Account of plague administration in the Bombay Presidency from September 1896 till May 1897
Year: 1896
Disease focus: Plague
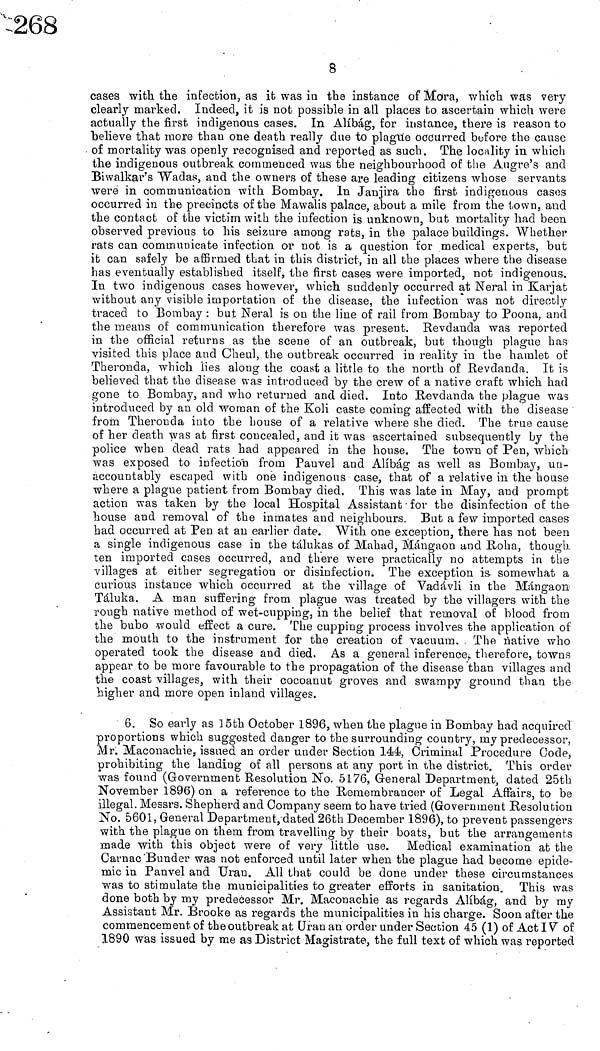
8
cases with the infection, as it was in the instance of Mora, which was very
clearly marked. Indeed, it is not possible in all places to ascertain which were
actually the first indigenous cases. In Alíbág, for instance, there is reason to
believe that more than one death really due to plague occurred before the cause
of mortality was openly recognised and reported as such. The locality in which
the indigenous outbreak commenced was the neighbourhood of the Augre's and
Biwalkar's "Wadas, and the owners of these are leading citizens whose servants
were in communication with Bombay. In Janjira the first indigenous casos
occurred in the precincts of the Mawalis palace, about a mile from the town, and
the contact of the victim with the infection is unknown, but mortality had been
observed previous to his seizure among rats, in the palace buildings. Whether
rats can communicate infection or not is a question for medical experts, but
it can safely be affirmed that in this district, in all the places where the disease
has eventually established itself, the first cases were imported, not indigenous.
In two indigenous cases however, which suddenly occurred at Neral in Karjat
without any visible importation of the disease, the infection was not directly
traced to Bombay : but Neral is on the line of rail from Bombay to Poona, and
the means of communication therefore was present. Revdanda was reported
in the official returns as the scene of an outbreak, but though plague has
visited this place and Cheul, the outbreak occurred in reality in the hamlet of
Theroncla, which lies along the coast a little to the north of Revdanda. It is
believed that the disease was introduced by the crew of a native craft which had
gone to Bombay, and who returned and died. Into Revdanda the plague was
introduced by an old woman of the Koli caste coming affected with the disease
from Theronda into the house of a relative where she died. The true cause
of her death was at first concealed, and it was ascertained subsequently by the
police when dead rats had appeared in the house. The town of Pen, which
was exposed to infection from Pauvel and Alíbág as well as Bombay, un-
accountably escaped with one indigenous case, that of a relative in the house
where a plague patient from Bombay died. This was late in May, and prompt
action was taken by the local Hospital Assistant for the disinfection of the
house and removal of the inmates and neighbours. But a few imported cases
had occurred at Pen at an earlier date. With one exception, there has not been
a single indigenous case in the tálukas of Mahad, Mángaon and Roha, though
ten imported cases occurred, and there were practically no attempts in the
villages at either segregation or disinfection. The exception is somewhat a
curious instance which occurred at the village of Vadávli in the Mdngaon
Táluka. A man suffering from plague was treated by the villagers with the
rough native method of wet-cupping, in the belief that removal of blood from
the bubo would effect a cure. The cupping process involves the application of
the mouth to the instrument for the creation of vacuum. The native who
operated took the disease and died. As a general inference, therefore, towns
appear to be more favourable to the propagation of the disease than villages and
the coast villages, with their cocoanut groves and swampy ground than the
higher and more open inland villages.
6. So early as 15th October 1896, when the plague in Bombay had acquired
proportions which suggested danger to the surrounding country, my predecessor,
Mr. Maconachie, issued an order under Section 144, Criminal Procedure Code,
prohibiting the landing of all persons at any port in the district. This order
was found (Government Resolution No. 5176, General Department, dated 25th
November 1896) on a reference to the Remembrancer of Legal Affairs, to be
illegal. Messrs. Shepherd and Company seern to have tried (Government Resolution
No. 5601, General Department, dated 26th December 1896), to prevent passengers
with the plague on them from travelling by their boats, but the arrangements
made with this object were of very little use. Medical examination at the
Carnac Bunder was not enforced until later when the plague had become epide-
mic in Panvel and Uran. All that could be done under these circumstances
was to stimulate the municipalities to greater efforts in sanitation. This was
done both by my predecessor Mr. Maconachie as regards Alíbág, and by my
Assistant Mr. Brooke as regards the municipalities in his charge. Soon after the
commencement of the outbreak at Uran an order under Section 45 (1) of Act IV of
1890 was issued by me as District Magistrate, the full text of which was reported